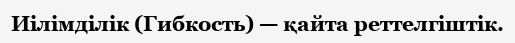
Иілімділік (Гибкость) — қайта реттелгіштік.